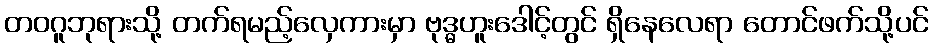
တဝဂူဘုရားသို့ တက်ရမည့်လှေကားမှာ ဗုဒ္ဓဟူးဒေါင့်တွင် ရှိနေလေရာ တောင်ဖက်သို့ပင်